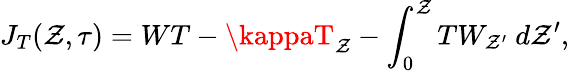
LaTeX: J_{T}(\mathcal{Z},\tau)=WT-\kappaT_{\mathcal{Z}}-\int_{0}^{\mathcal{Z}}TW_{\mathcal{Z}^{\prime}}\ d\mathcal{Z}^{\prime},